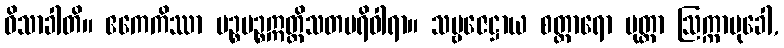
ဝိသာခါတိ။ ဧကေကိဿာ ပဉ္စပဉ္စဣတ္ထိသတပရိဝါရာ။ သဗ္ဗဇေဋ္ဌာယ စတ္တာရော ပုတ္တာ ဩက္ကာမုခေါ,